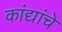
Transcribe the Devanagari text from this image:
कांद्यांचे